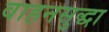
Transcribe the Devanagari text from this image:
वाहनसुद्धा